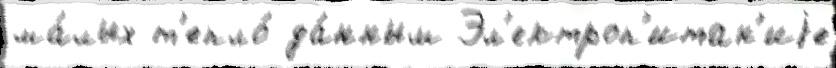
ма́лых т'епло́ да́нным Эл'ектроп'итан'иjе